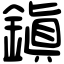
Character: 鎭